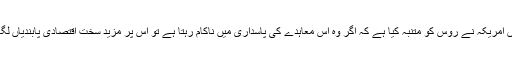
اس صورتحال میں امریکہ نے روس کو متنبہ کیا ہے کہ اگر وہ اس معاہدے کی پاسداری میں ناکام رہتا ہے تو اس پر مزید سخت اقتصادی پابندیاں لگائی جا سکتی ہیں۔